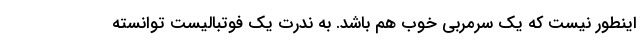
اینطور نیست که یک سرمربی خوب هم باشد. به ندرت یک فوتبالیست توانسته